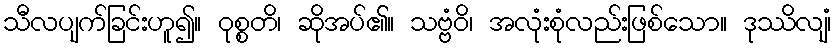
သီလပျက်ခြင်းဟူ၍။ ဝုစ္စတိ၊ ဆိုအပ်၏။ သဗ္ဗံဝိ၊ အလုံးစုံလည်းဖြစ်သော။ ဒုဿိလျံ၊